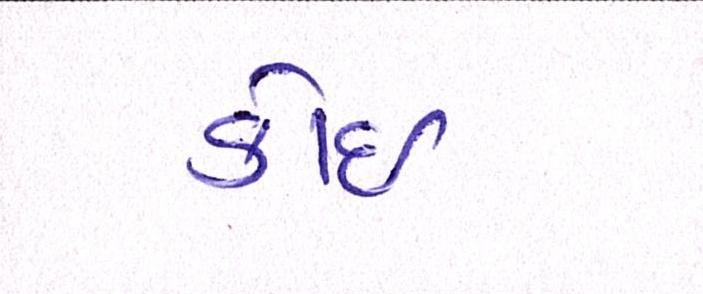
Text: કોઈ